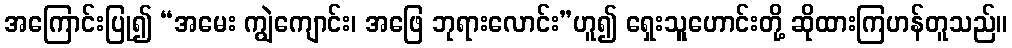
အကြောင်းပြု၍ “အမေး ကျွဲကျောင်း၊ အဖြေ ဘုရားလောင်း”ဟူ၍ ရှေးသူူဟောင်းတို့ ဆိုထားကြဟန်တူသည်။